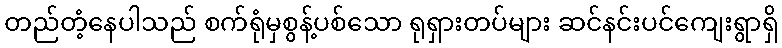
တည်တံ့နေပါသည် စက်ရုံမှစွန့်ပစ်သော ရုရှားတပ်များ ဆင်နင်းပင်ကျေးရွာရှိ